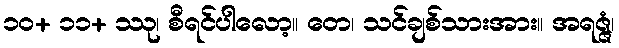
၁၀+ ၁၁+ ဿု၊ စီရင်ပါလော့။ တေ၊ သင်ချစ်သားအား။ အရဇ္ဇံ၊